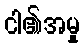
ငါ၏အမှု